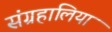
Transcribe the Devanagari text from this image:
संग्रहालिया